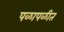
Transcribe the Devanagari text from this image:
पळापळीत